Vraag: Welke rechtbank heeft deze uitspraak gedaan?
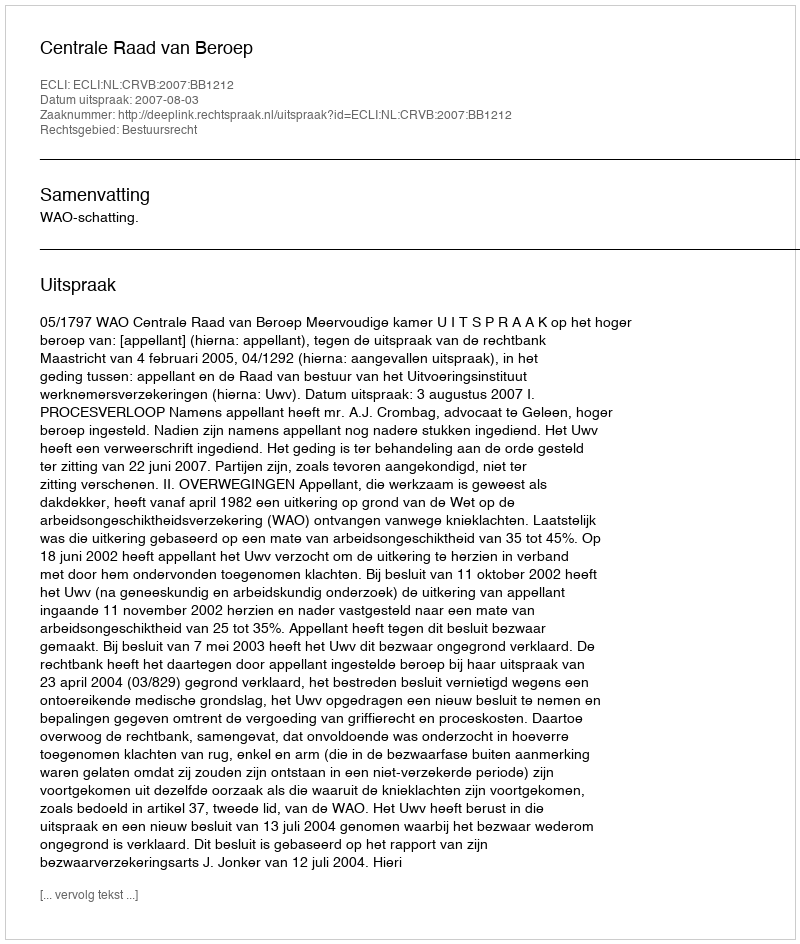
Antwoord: Centrale Raad van Beroep